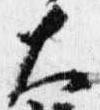
大